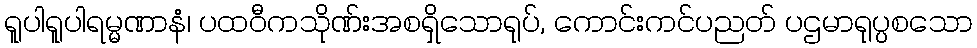
ရူပါရူပါရမ္မဏာနံ၊ ပထဝီကသိုဏ်းအစရှိသောရုပ်, ကောင်းကင်ပညတ် ပဌမာရုပ္ပစသော